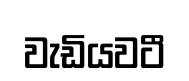
වැඩියවටී